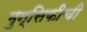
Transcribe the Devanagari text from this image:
मुन्सिफीची